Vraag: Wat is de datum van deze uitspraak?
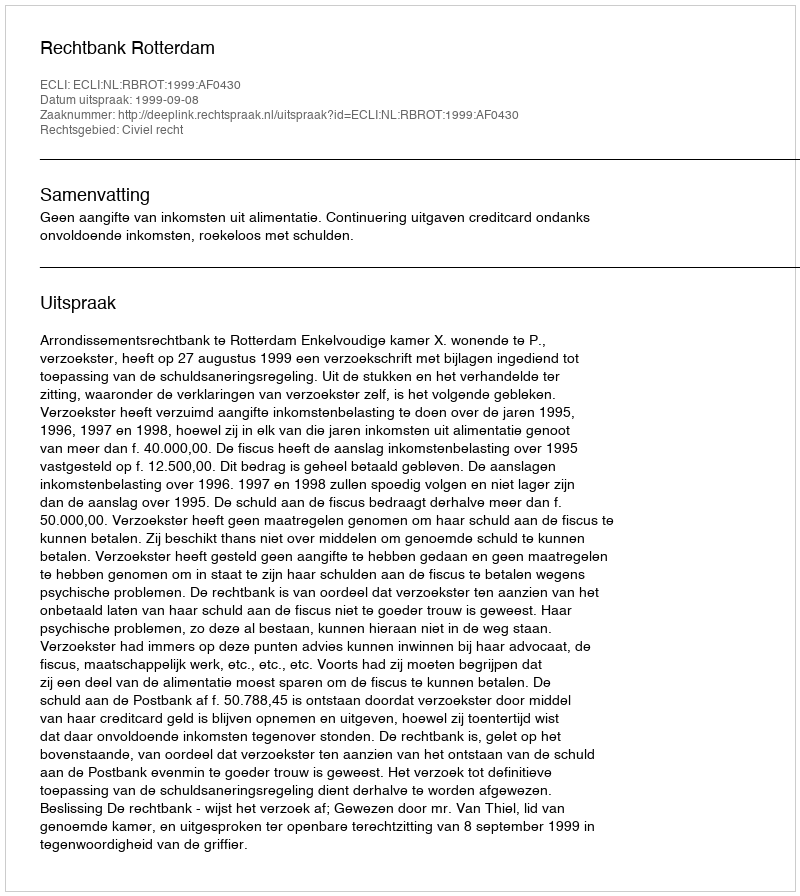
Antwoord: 1999-09-08